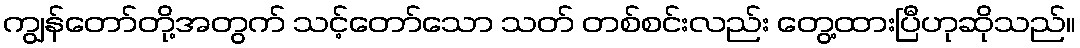
ကျွန်တော်တို့အတွက် သင့်တော်သော သတ် တစ်စင်းလည်း တွေ့ထားပြီဟုဆိုသည်။